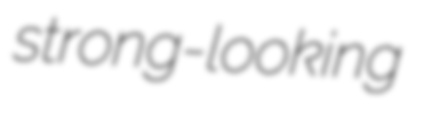
strong-looking